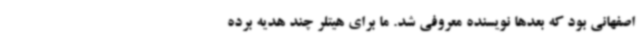
اصفهانی بود که بعدها نویسنده معروفی شد. ما برای هیتلر چند هدیه برده